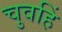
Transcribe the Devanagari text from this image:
चुवहिं